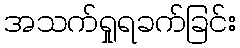
အသက်ရှုရခက်ခြင်း